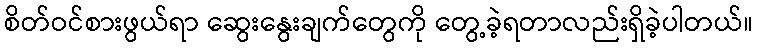
စိတ်ဝင်စားဖွယ်ရာ ဆွေးနွေးချက်တွေကို တွေ့ခဲ့ရတာလည်းရှိခဲ့ပါတယ်။